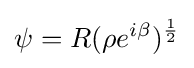
\psi =R(\rho e^{i\beta })^{\frac {1}{2}}